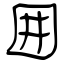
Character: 囲